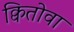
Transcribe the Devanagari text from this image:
क्वितोवा